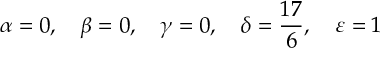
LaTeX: \alpha = 0 , \quad \beta = 0 , \quad \gamma = 0 , \quad \delta = \frac { 1 7 } { 6 } , \quad \varepsilon = 1